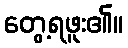
တွေ့ရဖူး၏။